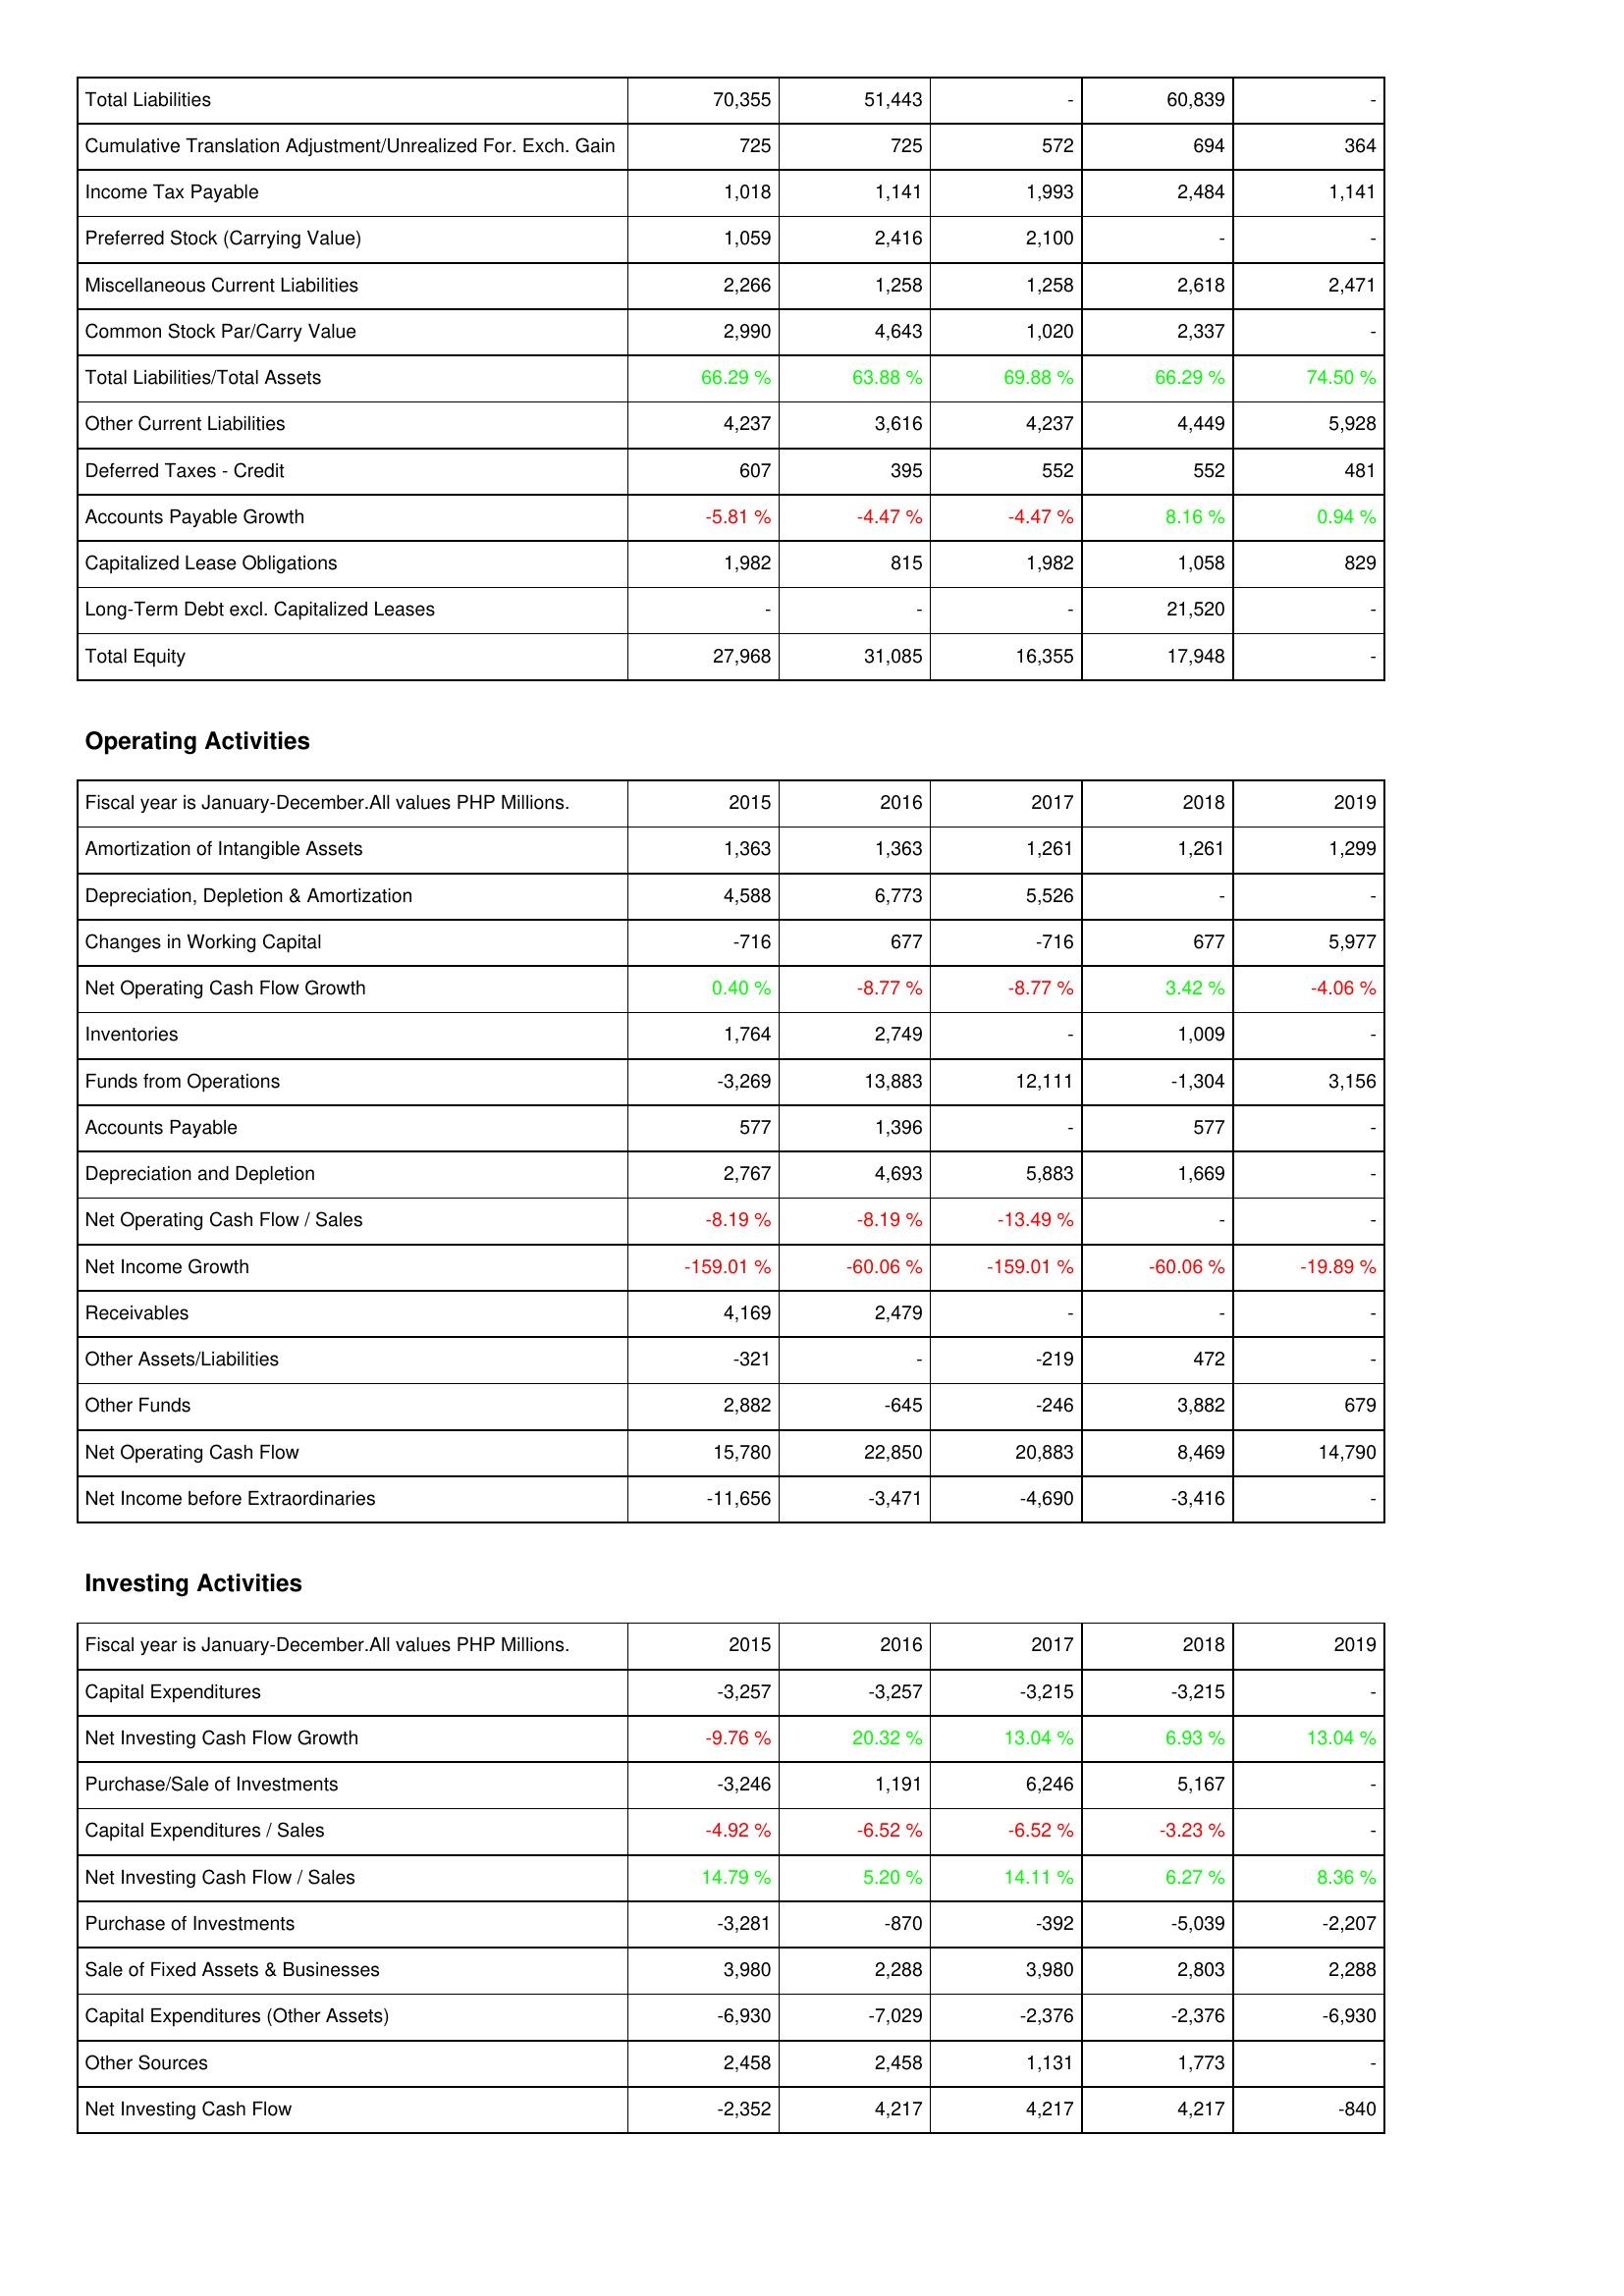
2015: Liabilities & Shareholders' Equity: Total Liabilities: 70,355
Cumulative Translation Adjustment/Unrealized For. Exch. Gain: 725
Income Tax Payable: 1,018
Preferred Stock (Carrying Value): 1,059
Miscellaneous Current Liabilities: 2,266
Common Stock Par/Carry Value: 2,990
Total Liabilities/Total Assets: 66.29 %
Other Current Liabilities: 4,237
Deferred Taxes - Credit: 607
Accounts Payable Growth: -5.81 %
Capitalized Lease Obligations: 1,982
Long-Term Debt excl. Capitalized Leases: -
Total Equity: 27,968
Operating Activities: Amortization of Intangible Assets: 1,363
Depreciation, Depletion & Amortization: 4,588
Changes in Working Capital: -716
Net Operating Cash Flow Growth: 0.40 %
Inventories: 1,764
Funds from Operations: -3,269
Accounts Payable: 577
Depreciation and Depletion: 2,767
Net Operating Cash Flow / Sales: -8.19 %
Net Income Growth: -159.01 %
Receivables: 4,169
Other Assets/Liabilities: -321
Other Funds: 2,882
Net Operating Cash Flow: 15,780
Net Income before Extraordinaries: -11,656
Investing Activities: Capital Expenditures: -3,257
Net Investing Cash Flow Growth: -9.76 %
Purchase/Sale of Investments: -3,246
Capital Expenditures / Sales: -4.92 %
Net Investing Cash Flow / Sales: 14.79 %
Purchase of Investments: -3,281
Sale of Fixed Assets & Businesses: 3,980
Capital Expenditures (Other Assets): -6,930
Other Sources: 2,458
Net Investing Cash Flow: -2,352
2016: Liabilities & Shareholders' Equity: Total Liabilities: 51,443
Cumulative Translation Adjustment/Unrealized For. Exch. Gain: 725
Income Tax Payable: 1,141
Preferred Stock (Carrying Value): 2,416
Miscellaneous Current Liabilities: 1,258
Common Stock Par/Carry Value: 4,643
Total Liabilities/Total Assets: 63.88 %
Other Current Liabilities: 3,616
Deferred Taxes - Credit: 395
Accounts Payable Growth: -4.47 %
Capitalized Lease Obligations: 815
Long-Term Debt excl. Capitalized Leases: -
Total Equity: 31,085
Operating Activities: Amortization of Intangible Assets: 1,363
Depreciation, Depletion & Amortization: 6,773
Changes in Working Capital: 677
Net Operating Cash Flow Growth: -8.77 %
Inventories: 2,749
Funds from Operations: 13,883
Accounts Payable: 1,396
Depreciation and Depletion: 4,693
Net Operating Cash Flow / Sales: -8.19 %
Net Income Growth: -60.06 %
Receivables: 2,479
Other Assets/Liabilities: -
Other Funds: -645
Net Operating Cash Flow: 22,850
Net Income before Extraordinaries: -3,471
Investing Activities: Capital Expenditures: -3,257
Net Investing Cash Flow Growth: 20.32 %
Purchase/Sale of Investments: 1,191
Capital Expenditures / Sales: -6.52 %
Net Investing Cash Flow / Sales: 5.20 %
Purchase of Investments: -870
Sale of Fixed Assets & Businesses: 2,288
Capital Expenditures (Other Assets): -7,029
Other Sources: 2,458
Net Investing Cash Flow: 4,217
2017: Liabilities & Shareholders' Equity: Total Liabilities: -
Cumulative Translation Adjustment/Unrealized For. Exch. Gain: 572
Income Tax Payable: 1,993
Preferred Stock (Carrying Value): 2,100
Miscellaneous Current Liabilities: 1,258
Common Stock Par/Carry Value: 1,020
Total Liabilities/Total Assets: 69.88 %
Other Current Liabilities: 4,237
Deferred Taxes - Credit: 552
Accounts Payable Growth: -4.47 %
Capitalized Lease Obligations: 1,982
Long-Term Debt excl. Capitalized Leases: -
Total Equity: 16,355
Operating Activities: Amortization of Intangible Assets: 1,261
Depreciation, Depletion & Amortization: 5,526
Changes in Working Capital: -716
Net Operating Cash Flow Growth: -8.77 %
Inventories: -
Funds from Operations: 12,111
Accounts Payable: -
Depreciation and Depletion: 5,883
Net Operating Cash Flow / Sales: -13.49 %
Net Income Growth: -159.01 %
Receivables: -
Other Assets/Liabilities: -219
Other Funds: -246
Net Operating Cash Flow: 20,883
Net Income before Extraordinaries: -4,690
Investing Activities: Capital Expenditures: -3,215
Net Investing Cash Flow Growth: 13.04 %
Purchase/Sale of Investments: 6,246
Capital Expenditures / Sales: -6.52 %
Net Investing Cash Flow / Sales: 14.11 %
Purchase of Investments: -392
Sale of Fixed Assets & Businesses: 3,980
Capital Expenditures (Other Assets): -2,376
Other Sources: 1,131
Net Investing Cash Flow: 4,217
2018: Liabilities & Shareholders' Equity: Total Liabilities: 60,839
Cumulative Translation Adjustment/Unrealized For. Exch. Gain: 694
Income Tax Payable: 2,484
Preferred Stock (Carrying Value): -
Miscellaneous Current Liabilities: 2,618
Common Stock Par/Carry Value: 2,337
Total Liabilities/Total Assets: 66.29 %
Other Current Liabilities: 4,449
Deferred Taxes - Credit: 552
Accounts Payable Growth: 8.16 %
Capitalized Lease Obligations: 1,058
Long-Term Debt excl. Capitalized Leases: 21,520
Total Equity: 17,948
Operating Activities: Amortization of Intangible Assets: 1,261
Depreciation, Depletion & Amortization: -
Changes in Working Capital: 677
Net Operating Cash Flow Growth: 3.42 %
Inventories: 1,009
Funds from Operations: -1,304
Accounts Payable: 577
Depreciation and Depletion: 1,669
Net Operating Cash Flow / Sales: -
Net Income Growth: -60.06 %
Receivables: -
Other Assets/Liabilities: 472
Other Funds: 3,882
Net Operating Cash Flow: 8,469
Net Income before Extraordinaries: -3,416
Investing Activities: Capital Expenditures: -3,215
Net Investing Cash Flow Growth: 6.93 %
Purchase/Sale of Investments: 5,167
Capital Expenditures / Sales: -3.23 %
Net Investing Cash Flow / Sales: 6.27 %
Purchase of Investments: -5,039
Sale of Fixed Assets & Businesses: 2,803
Capital Expenditures (Other Assets): -2,376
Other Sources: 1,773
Net Investing Cash Flow: 4,217
2019: Liabilities & Shareholders' Equity: Total Liabilities: -
Cumulative Translation Adjustment/Unrealized For. Exch. Gain: 364
Income Tax Payable: 1,141
Preferred Stock (Carrying Value): -
Miscellaneous Current Liabilities: 2,471
Common Stock Par/Carry Value: -
Total Liabilities/Total Assets: 74.50 %
Other Current Liabilities: 5,928
Deferred Taxes - Credit: 481
Accounts Payable Growth: 0.94 %
Capitalized Lease Obligations: 829
Long-Term Debt excl. Capitalized Leases: -
Total Equity: -
Operating Activities: Amortization of Intangible Assets: 1,299
Depreciation, Depletion & Amortization: -
Changes in Working Capital: 5,977
Net Operating Cash Flow Growth: -4.06 %
Inventories: -
Funds from Operations: 3,156
Accounts Payable: -
Depreciation and Depletion: -
Net Operating Cash Flow / Sales: -
Net Income Growth: -19.89 %
Receivables: -
Other Assets/Liabilities: -
Other Funds: 679
Net Operating Cash Flow: 14,790
Net Income before Extraordinaries: -
Investing Activities: Capital Expenditures: -
Net Investing Cash Flow Growth: 13.04 %
Purchase/Sale of Investments: -
Capital Expenditures / Sales: -
Net Investing Cash Flow / Sales: 8.36 %
Purchase of Investments: -2,207
Sale of Fixed Assets & Businesses: 2,288
Capital Expenditures (Other Assets): -6,930
Other Sources: -
Net Investing Cash Flow: -840